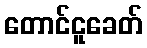
တောင်ငူခေတ်